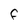
Character: F